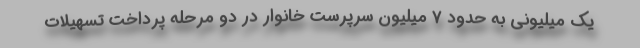
یک میلیونی به حدود ۷ میلیون سرپرست خانوار در دو مرحله پرداخت تسهیلات